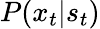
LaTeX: \textstyle P(x_{t}|s_{t})